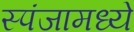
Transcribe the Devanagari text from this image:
स्पंजामध्ये